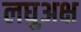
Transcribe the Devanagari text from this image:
लघुअक्ष